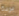
بردة